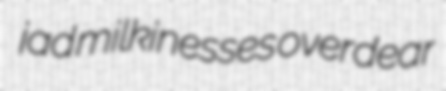
jad milkinesses overdear